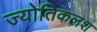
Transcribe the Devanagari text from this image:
ज्योतिकलश